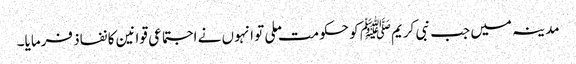
مدینہ میں جب نبی کریمﷺ کو حکومت ملی تو انہوں نے اجتماعی قوانین کا نفاذ فرمایا۔